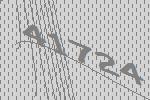
41724